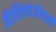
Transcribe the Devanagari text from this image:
विशिष्टताओंवाली